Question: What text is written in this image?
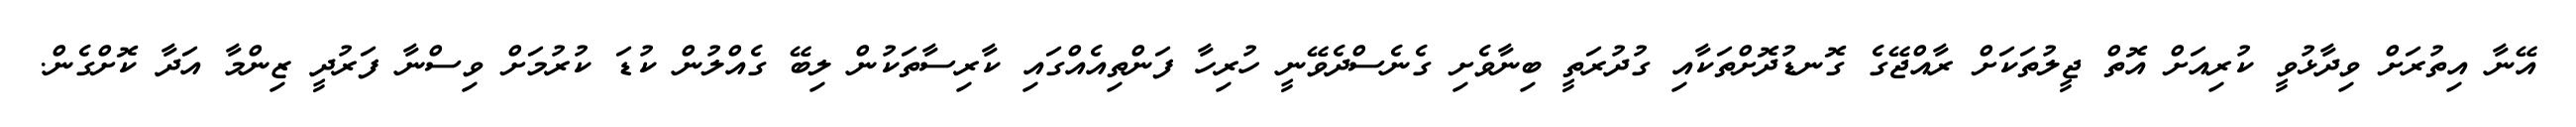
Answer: އޭނާ އިތުރަށް ވިދާޅުވީ ކުރިއަށް އޮތް ޖީލުތަކަށް ރާއްޖޭގެ ގޮނޑުދޮށްތަކާއި ގުދުރަތީ ބިނާވެށި ގެނެސްދެވޭނީ ހުރިހާ ފަންތިއެއްގައި ކާރިސާތަކުން ލިބޭ ގެއްލުން ކުޑަ ކުރުމަށް ވިސްނާ ފަރުދީ ޒިންމާ އަދާ ކޮށްގެން.